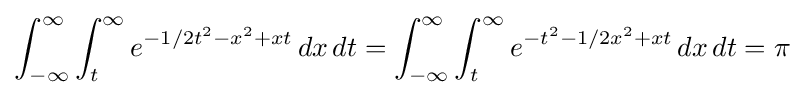
\int _{-\infty }^{\infty }\int _{t}^{\infty }e^{-1/2t^{2}-x^{2}+xt}\,dx\,dt=\int _{-\infty }^{\infty }\int _{t}^{\infty }e^{-t^{2}-1/2x^{2}+xt}\,dx\,dt=\pi